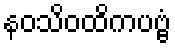
နဝသိဝထိကပဗ္ဗံ